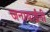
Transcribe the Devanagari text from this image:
जनाबाईंनी